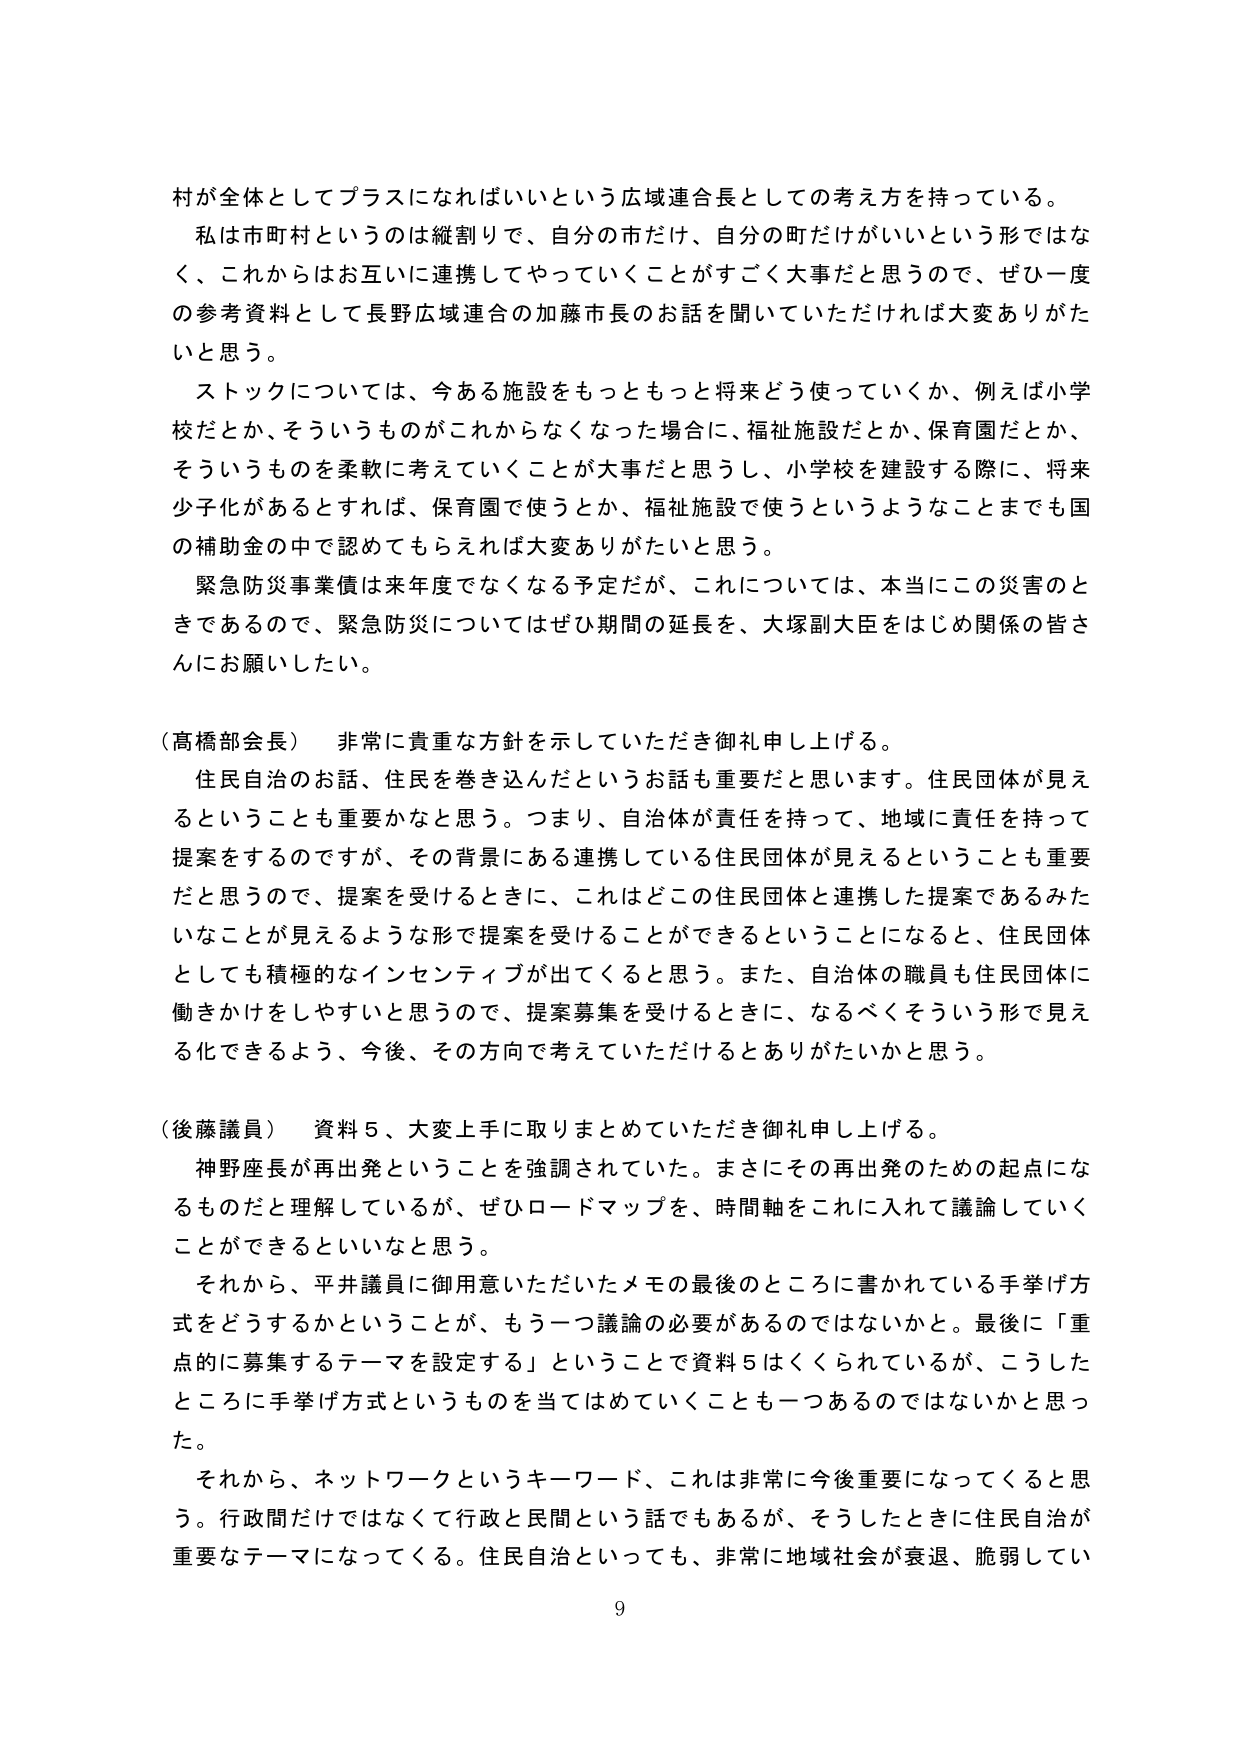
村が全体としてプラスになればいいという広域連合長としての考え方を持っている。

私は市町村というのは縦割りで、自分の市だけ、自分の町だけがいいという形ではなく、これからはお互いに連携してやっていくことがすごく大事だと思うので、ぜひ一度の参考資料として長野広域連合の加藤市長のお話を聞いていただければ大変ありがたいと思う。

ストックについては、今ある施設をもっともっと将来どう使っていくか、例えば小学校だとか、そういうものがこれからなくなった場合に、福祉施設だとか、保育園だとか、そういうものを柔軟に考えていくことが大事だと思うし、小学校を建設する際に、将来少子化があるとすれば、保育園で使うとか、福祉施設で使うというようなことまでも国の補助金の中で認めてもらえれば大変ありがたいと思う。

緊急防災事業債は来年度でなくなる予定だが、これについては、本当にこの災害のときであるので、緊急防災についてはぜひ期間の延長を、大塚副大臣をはじめ関係の皆さんにお願いしたい。

（高橋部会長）　非常に貴重な方針を示していただき御礼申し上げる。

住民自治のお話、住民を巻き込んだというお話も重要だと思います。住民団体が見えるということも重要かなと思う。つまり、自治体が責任を持って、地域に責任を持って提案をするのですが、その背景にある連携している住民団体が見えるということも重要だと思うので、提案を受けるときに、これはどこの住民団体と連携した提案であるみたいなことが見えるような形で提案を受けることができるということになると、住民団体としても積極的なインセンティブが出てくると思う。また、自治体の職員も住民団体に働きかけをしやすいと思うので、提案募集を受けるときに、なるべくそういう形で見える化できるよう、今後、その方向で考えていただけるとありがたいかと思う。

（後藤議員）　資料５、大変上手に取りまとめていただき御礼申し上げる。

神野座長が再出発ということを強調されていた。まさにその再出発のための起点になるものだと理解しているが、ぜひロードマップを、時間軸をこれに入れて議論していくことができるといいなと思う。

それから、平井議員に御用意いただいたメモの最後のところに書かれている手挙げ方式をどうするかということが、もう一つ議論の必要があるのではないかと。最後に「重点的に募集するテーマを設定する」ということで資料５はくくられているが、こうしたところに手挙げ方式というものを当てはめていくことも一つあるのではないかと思った。

それから、ネットワークというキーワード、これは非常に今後重要になってくると思う。行政間だけではなくて行政と民間という話でもあるが、そうしたときに住民自治が重要なテーマになってくる。住民自治といっても、非常に地域社会が衰退、脆弱してい

9